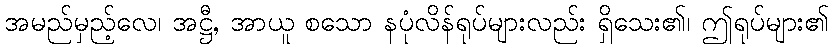
အမည်မှည့်လေ၊ အဋ္ဌီ, အာယူ စသော နပုံလိန်ရုပ်များလည်း ရှိသေး၏၊ ဤရုပ်များ၏